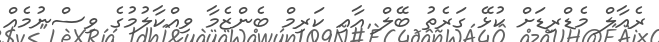
ރެއާލް މެޑްރިޑަށް ކުޅޭ ގަރެތު ބޭލް އާއި ކަރިމް ބެންޒެމާ ވިއްކާލުމުގެ ވިސްނުމެއް